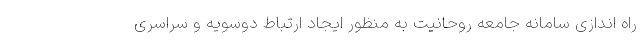
راه اندازی سامانه جامعه روحانیت به منظور ایجاد ارتباط دوسویه و سراسری